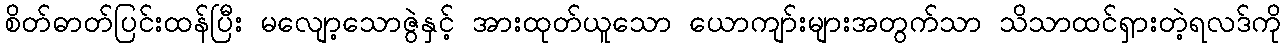
စိတ်ဓာတ်ပြင်းထန်ပြီး မလျော့သောဇွဲနှင့် အားထုတ်ယူသော ယောကျာ်းများအတွက်သာ သိသာထင်ရှားတဲ့ရလဒ်ကို